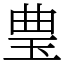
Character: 㻃